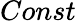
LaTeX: Const